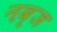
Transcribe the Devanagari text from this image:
नब़्ज